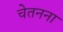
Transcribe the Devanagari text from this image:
चेतनना